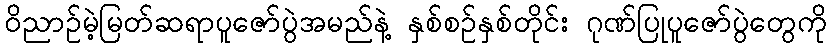
ဝိညာဉ်မဲ့မြတ်ဆရာပူဇော်ပွဲအမည်နဲ့ နှစ်စဉ်နှစ်တိုင်း ဂုဏ်ပြုပူဇော်ပွဲတွေကို